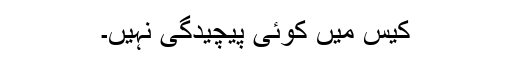
کیس میں کوئی پیچیدگی نہیں۔